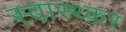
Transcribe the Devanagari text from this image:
स्वास्थ्कर